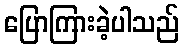
ပြောကြားခဲ့ပါသည်